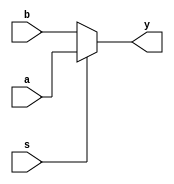
module mux_211(
    a,b,s,y
);
    input a,b,s;
    output y;
    assign y=s?a:b;

endmodule

module  mux_4to1 (
    a,b,c,d,s1,s2,y
);
    input a,b,c,d,s1,s2;
    output y;
    // assign y=s2?((s1?a:b):(s1?c:d);
    assign y=s2?(s1?a:b):(s1?c:d);

endmodule